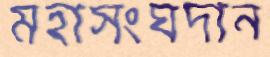
মহাসংঘদান